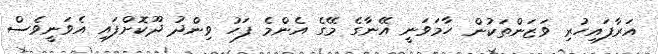
އަރާފައިހުރި ވަޒަންތަކުން ހާމަވަނީ އޭނާގެ މޭގެ އެންމެ ފަހު ވިންދު ދޫކޮށްފައި އެވަނީވެސް